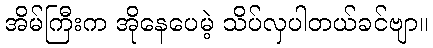
အိမ်ကြီးက အိုနေပေမဲ့ သိပ်လှပါတယ်ခင်ဗျာ။